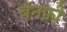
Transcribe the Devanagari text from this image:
बेनफ़ी